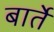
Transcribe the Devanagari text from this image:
बार्ते